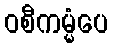
ဝစီကမ္မံပေ